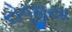
રોજીયા